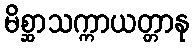
မိစ္ဆာသက္ကာယတ္တာနု